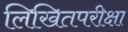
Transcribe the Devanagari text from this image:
लिखितपरीक्षा